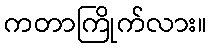
ကတာကြိုက်လား။